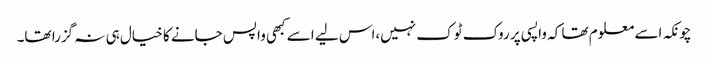
چونکہ اسے معلوم تھا کہ واپسی پر روک ٹوک نہیں،اس لیے اسے کبھی واپس جانے کا خیال ہی نہ گزرا تھا۔